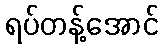
ရပ်တန့်အောင်